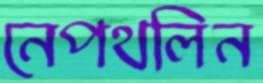
নেপথলিন